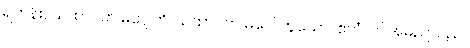
ရဟန်း။ ယထာဂတ မဂ္ဂေါတိ၊ ယထာဂတ မဂ္ဂေါ ဟူသော။ ဧတံ၊ ဤအမည်သည်။